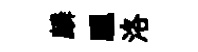
麟驪洛